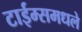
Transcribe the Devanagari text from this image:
टाईम्समधले